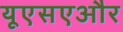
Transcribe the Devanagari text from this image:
यूएसएऔर